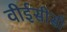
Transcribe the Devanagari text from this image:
वीईसीसी